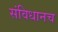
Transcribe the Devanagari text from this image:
संविधानच